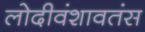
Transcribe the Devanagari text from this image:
लोदीवंशावतंस